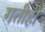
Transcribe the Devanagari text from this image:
गतीही